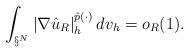
LaTeX: \begin{align*}\int_{\S^N} |\nabla \hat u_R|_h^{\hat p(\cdot)}\, dv_h = o_R(1).\end{align*}